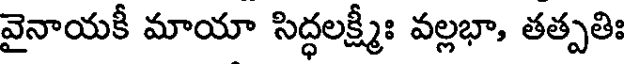
వైనాయకీ మాయా సిద్ధలక్ష్మీః వల్లభా, తత్పతిః